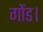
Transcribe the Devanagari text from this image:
गोंड।